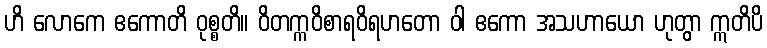
ဟိ လောကေ ဧကောတိ ဝုစ္စတိ။ ဝိတက္ကဝိစာရဝိရဟတော ဝါ ဧကော အသဟာယော ဟုတွာ ဣတိပိ